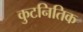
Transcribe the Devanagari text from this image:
कुटनितिक